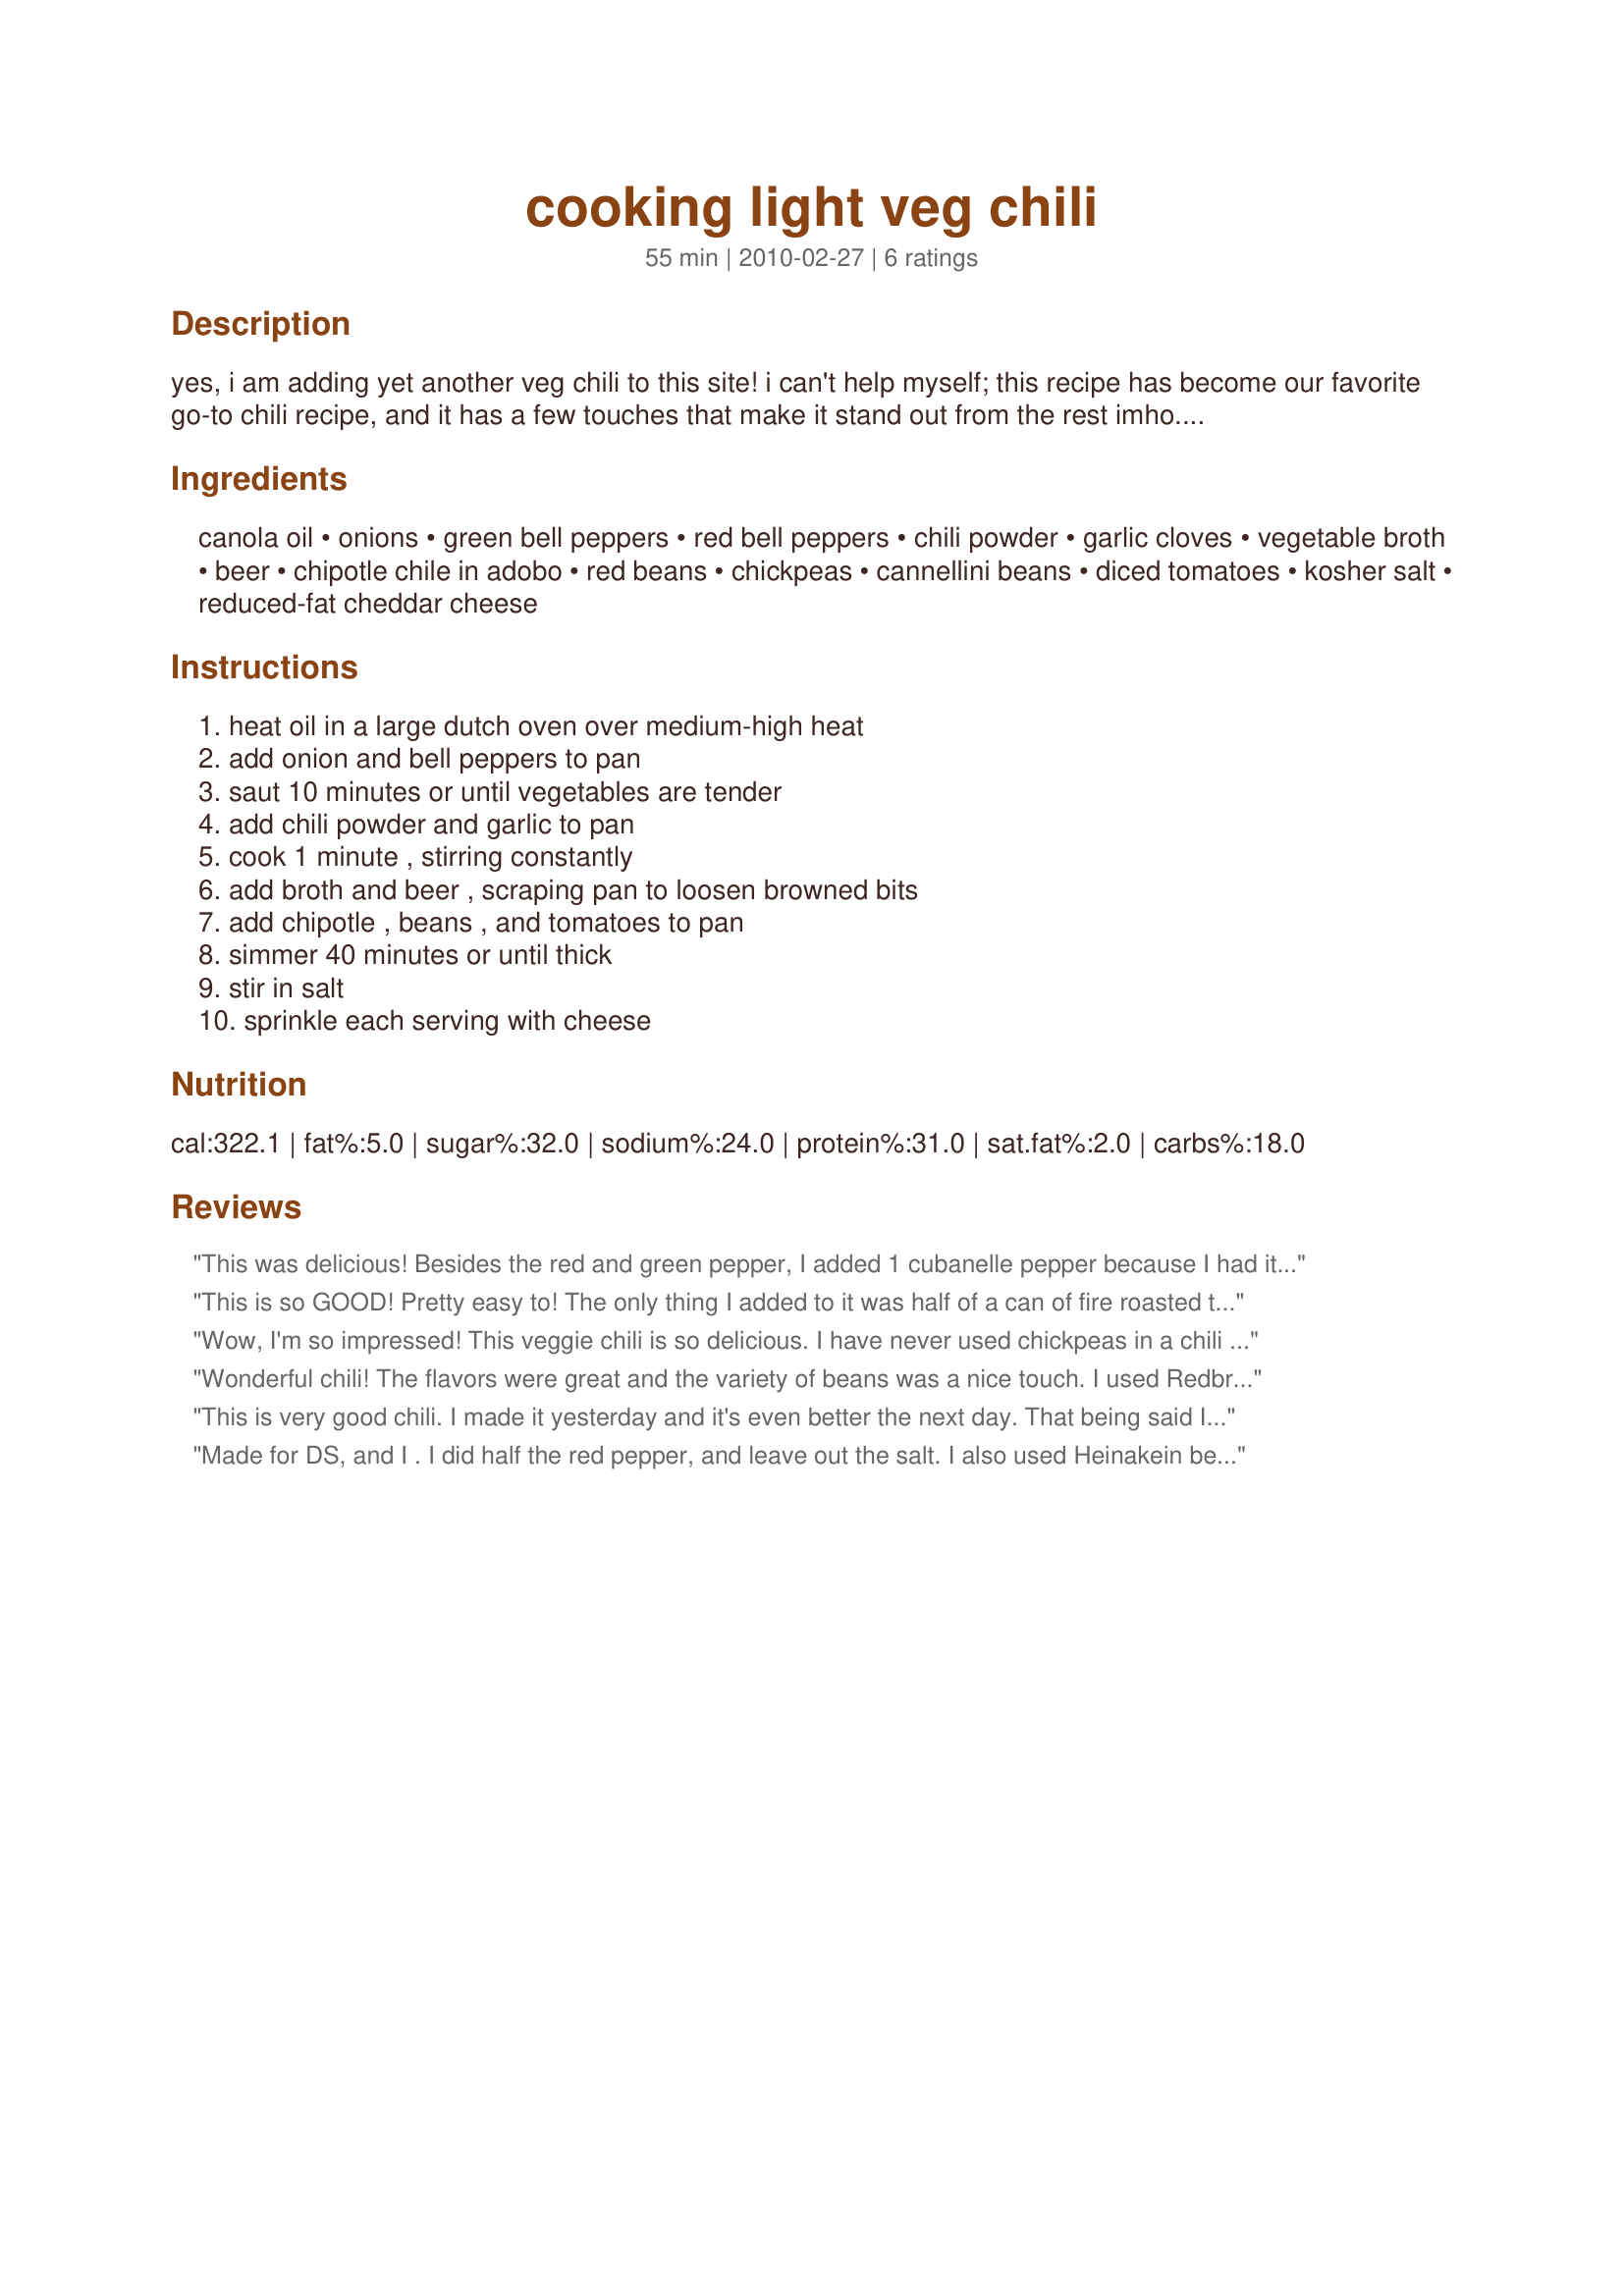
cooking light veg chili
Preparation time: 55 minutes

yes, i am adding yet another veg chili to this site! i can't help myself; this recipe has become our favorite go-to chili recipe, and it has a few touches that make it stand out from the rest imho. if your family would prefer meat in their chili, i have had success subbing 1/2 lb ground meat in for one of the cans of beans. but do try it veg...you'll be amazed at how hearty and filling it is! feel free to sub the bean types for what you have on hand--i always do! as the title suggests, this is from cooking light, september 2008.

Ingredients:
canola oil, onions, green bell peppers, red bell peppers, chili powder, garlic cloves, vegetable broth, beer, chipotle chile in adobo, red beans, chickpeas, cannellini beans, diced tomatoes, kosher salt, reduced-fat cheddar cheese

Steps:
heat oil in a large dutch oven over medium-high heat, add onion and bell peppers to pan, saut 10 minutes or until vegetables are tender, add chili powder and garlic to pan, cook 1 minute , stirring constantly, add broth and beer , scraping pan to loosen browned bits, add chipotle , beans , and tomatoes to pan, simmer 40 minutes or until thick, stir in salt, sprinkle each serving with cheese

Reviews:
This was delicious! Besides the red and green pepper, I added 1 cubanelle pepper because I had it on hand. In place of the chipotle chile, I used 1 tbsp of spicy chiptle salsa and some extra dried chipotle powder. For the beer, I used Dos Equis (yum). I also added about 1 tsp of cumin, just becasue I like it. I let the chili simmer for a good 2 hours, and to thicken it up a bit, I added a couple tsp of cornmeal.
This is so GOOD! Pretty easy to! The only thing I added to it was half of a can of fire roasted tomatoes for a little bit more smokey flavor. I also added a can of sweet kernel corn because I love corn! The Chipotle chiles really make this dish! I used Sam Adams light for the beer because that's all we had in the house. Now my husband is going to be missing a beer but when he tastes this chili he won't care!
Wow, I'm so impressed! This veggie chili is so delicious. I have never used chickpeas in a chili and wasn't sure if I'd like them in there. They are a great addition! I especially LOVE the hint of heat from the chipotles in adobo. I also really loved the addition of beer (which I was wary about, too). It just gave the chili a deeper dimension...another flavor layer. I skipped the cheese, which made this a great vegan chili. Thank you so much for posting. This will be a fave.
Wonderful chili! The flavors were great and the variety of beans was a nice touch. I used Redbridge Lager for the beer. Thanks for sharing! Veg*n Swap 27
This is very good chili. I made it yesterday and it's even better the next day. That being said I think my personal preference is for a stronger tomato flavor in my chili but that in no way takes away from this recipe. I loved the bean mixture. Made for ZWT8 U.S. Southwest/ TexMex
Made for DS, and I . I did half the red pepper, and leave out the salt. I also used Heinakein beer, worried at first about the beer, but it did enhance the flavor , and we enjoyed very much. Made for Best of 2011.
